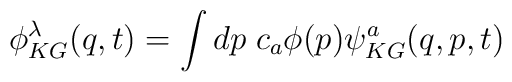
\phi^\lambda _{KG}(q,t)=\int dp\; c_a\phi(p)\psi^a_{KG}(q,p,t)